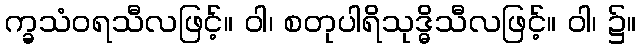
က္ခသံဝရသီလဖြင့်။ ဝါ၊ စတုပါရိသုဒ္ဓိသီလဖြင့်။ ဝါ၊ ၌။